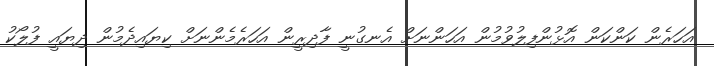
އަހަރެން ކަންކަން އޮޅުންފިލުވުމުން އަހަންނަށް އެނގުނީ ފާދިރީން އަހަރެމެންނަށް ކިޔައިދެމުން ދިޔައީ ފުލޯކު